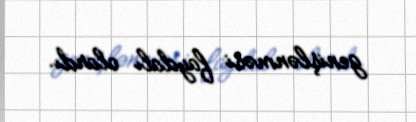
genişlənməsi faydalı olardı.